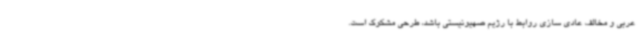
عربی و مخالف عادی سازی روابط با رژیم صهیونیستی باشد، طرحی مشکوک است.